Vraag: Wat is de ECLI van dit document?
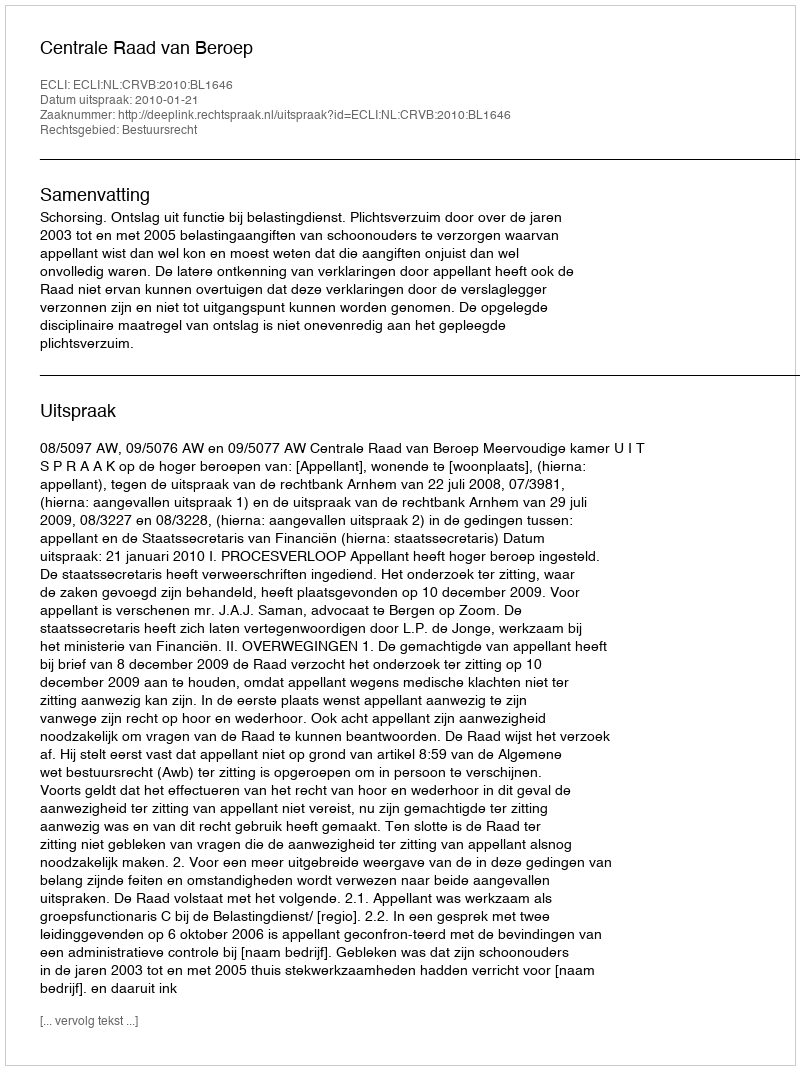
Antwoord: ECLI:NL:CRVB:2010:BL1646